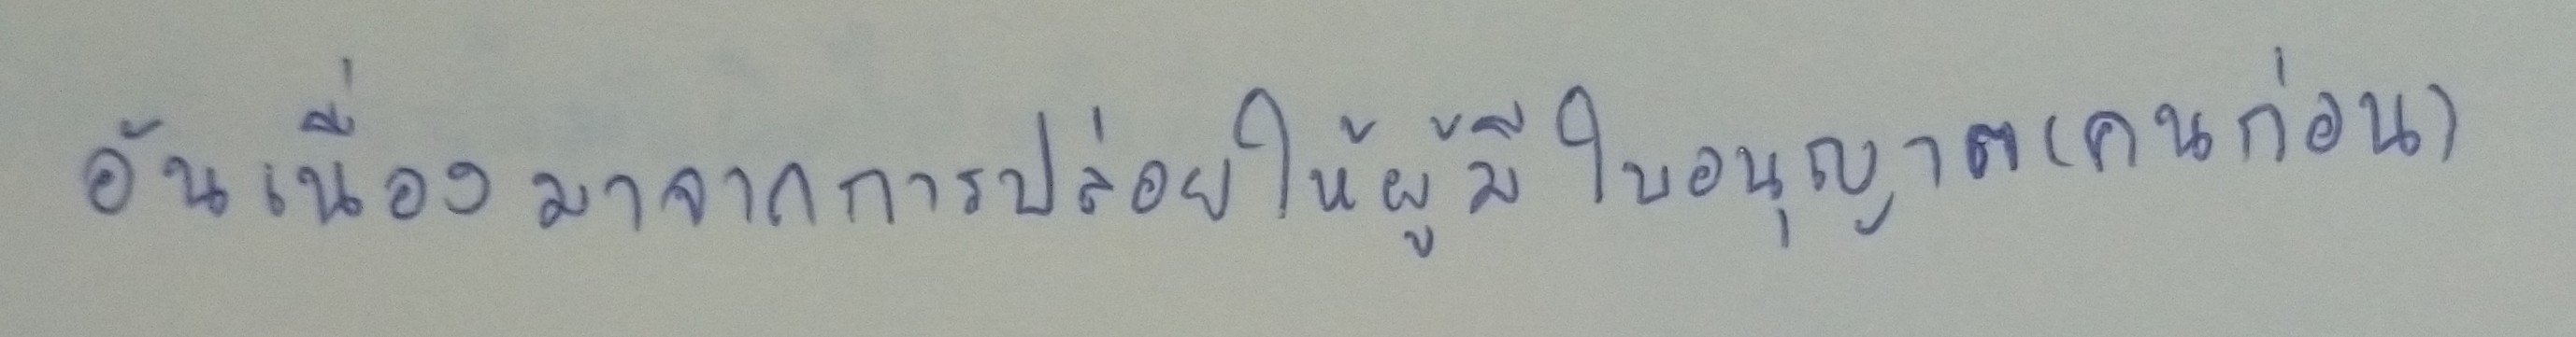
อันเนื่องมาจากการปล่อยให้ผู้มีใบอนุญาต(คนก่อน)